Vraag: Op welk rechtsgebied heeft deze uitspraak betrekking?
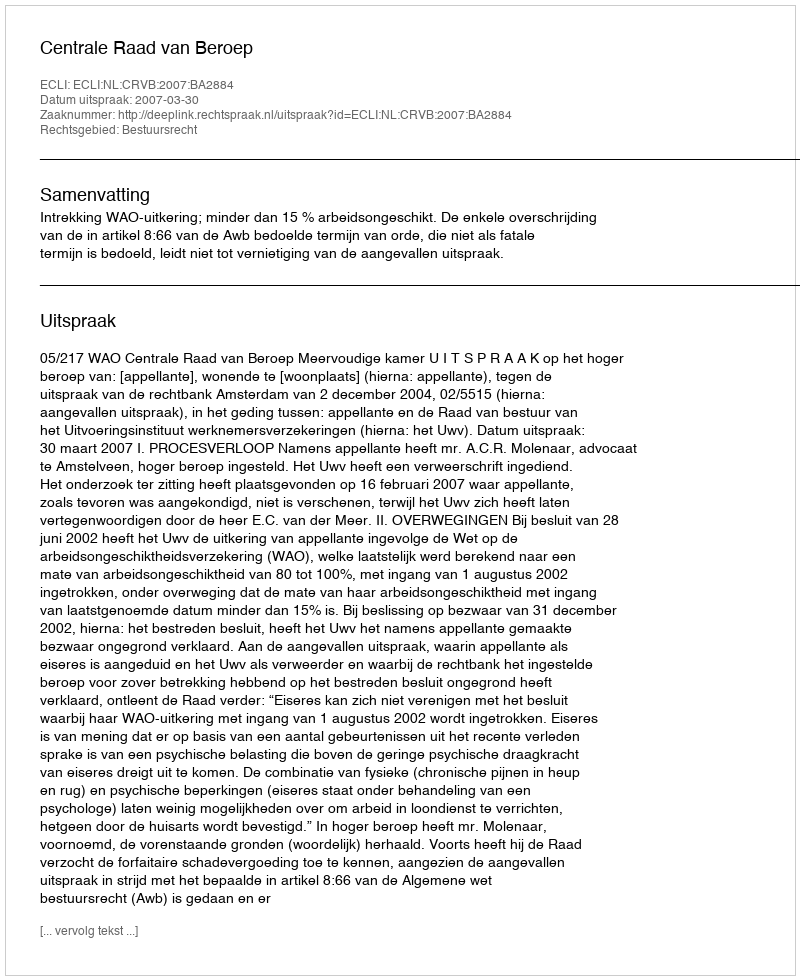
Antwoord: Bestuursrecht